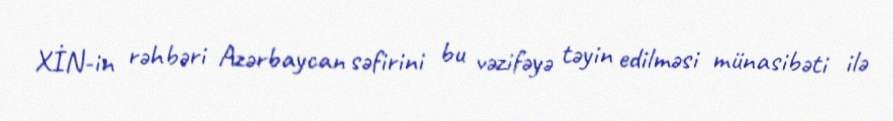
XİN-in rəhbəri Azərbaycan səfirini bu vəzifəyə təyin edilməsi münasibəti ilə